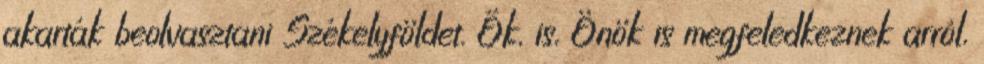
akarták beolvasztani Székelyföldet. Ők, is, Önök is megfeledkeznek arról,